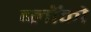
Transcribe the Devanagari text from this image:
ब्लॉको